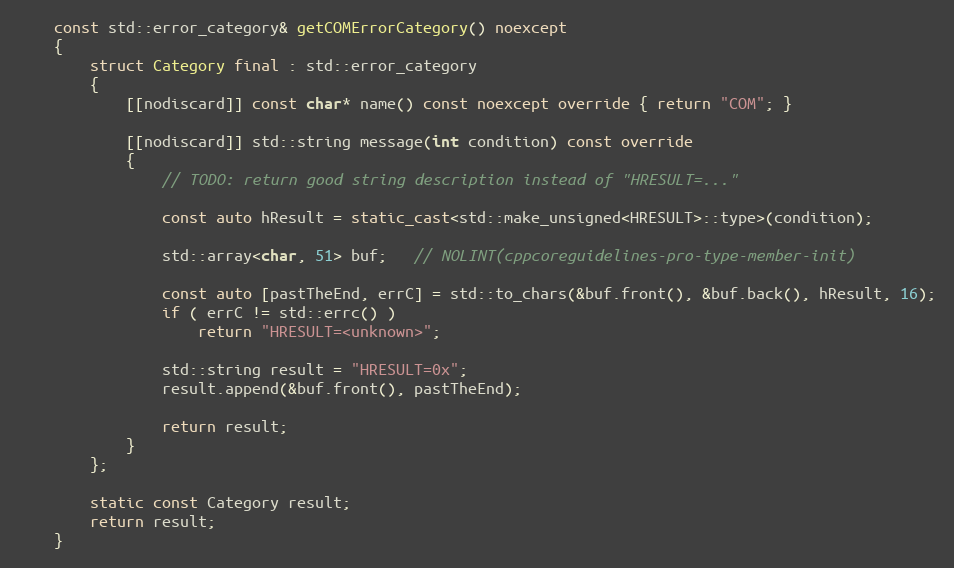
Language: C++
    const std::error_category& getCOMErrorCategory() noexcept
    {
        struct Category final : std::error_category
        {
            [[nodiscard]] const char* name() const noexcept override { return "COM"; }

            [[nodiscard]] std::string message(int condition) const override
            {
                // TODO: return good string description instead of "HRESULT=..."

                const auto hResult = static_cast<std::make_unsigned<HRESULT>::type>(condition);

                std::array<char, 51> buf;   // NOLINT(cppcoreguidelines-pro-type-member-init)

                const auto [pastTheEnd, errC] = std::to_chars(&buf.front(), &buf.back(), hResult, 16);
                if ( errC != std::errc() )
                    return "HRESULT=<unknown>";

                std::string result = "HRESULT=0x";
                result.append(&buf.front(), pastTheEnd);

                return result;
            }
        };

        static const Category result;
        return result;
    }